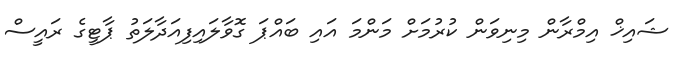
ޝައިޚް އިމްރާން މިނިވަން ކުރުމަށް މަންމަ އައި ބައްޕަ ގޮވާލައިފިއަދާލަތު ޕާޓީގެ ރައީސް